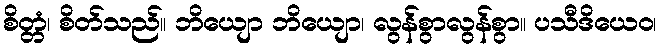
စိတ္တံ၊ စိတ်သည်။ ဘိယျော ဘိယျော၊ လွန်စွာလွန်စွာ။ ပသီဒိယေဝ၊